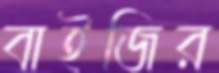
বাইজির